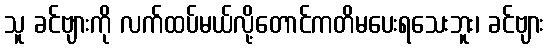
သူ ခင်ဗျားကို လက်ထပ်မယ်လို့တောင်ကတိမပေးရသေးဘူး၊ ခင်ဗျား